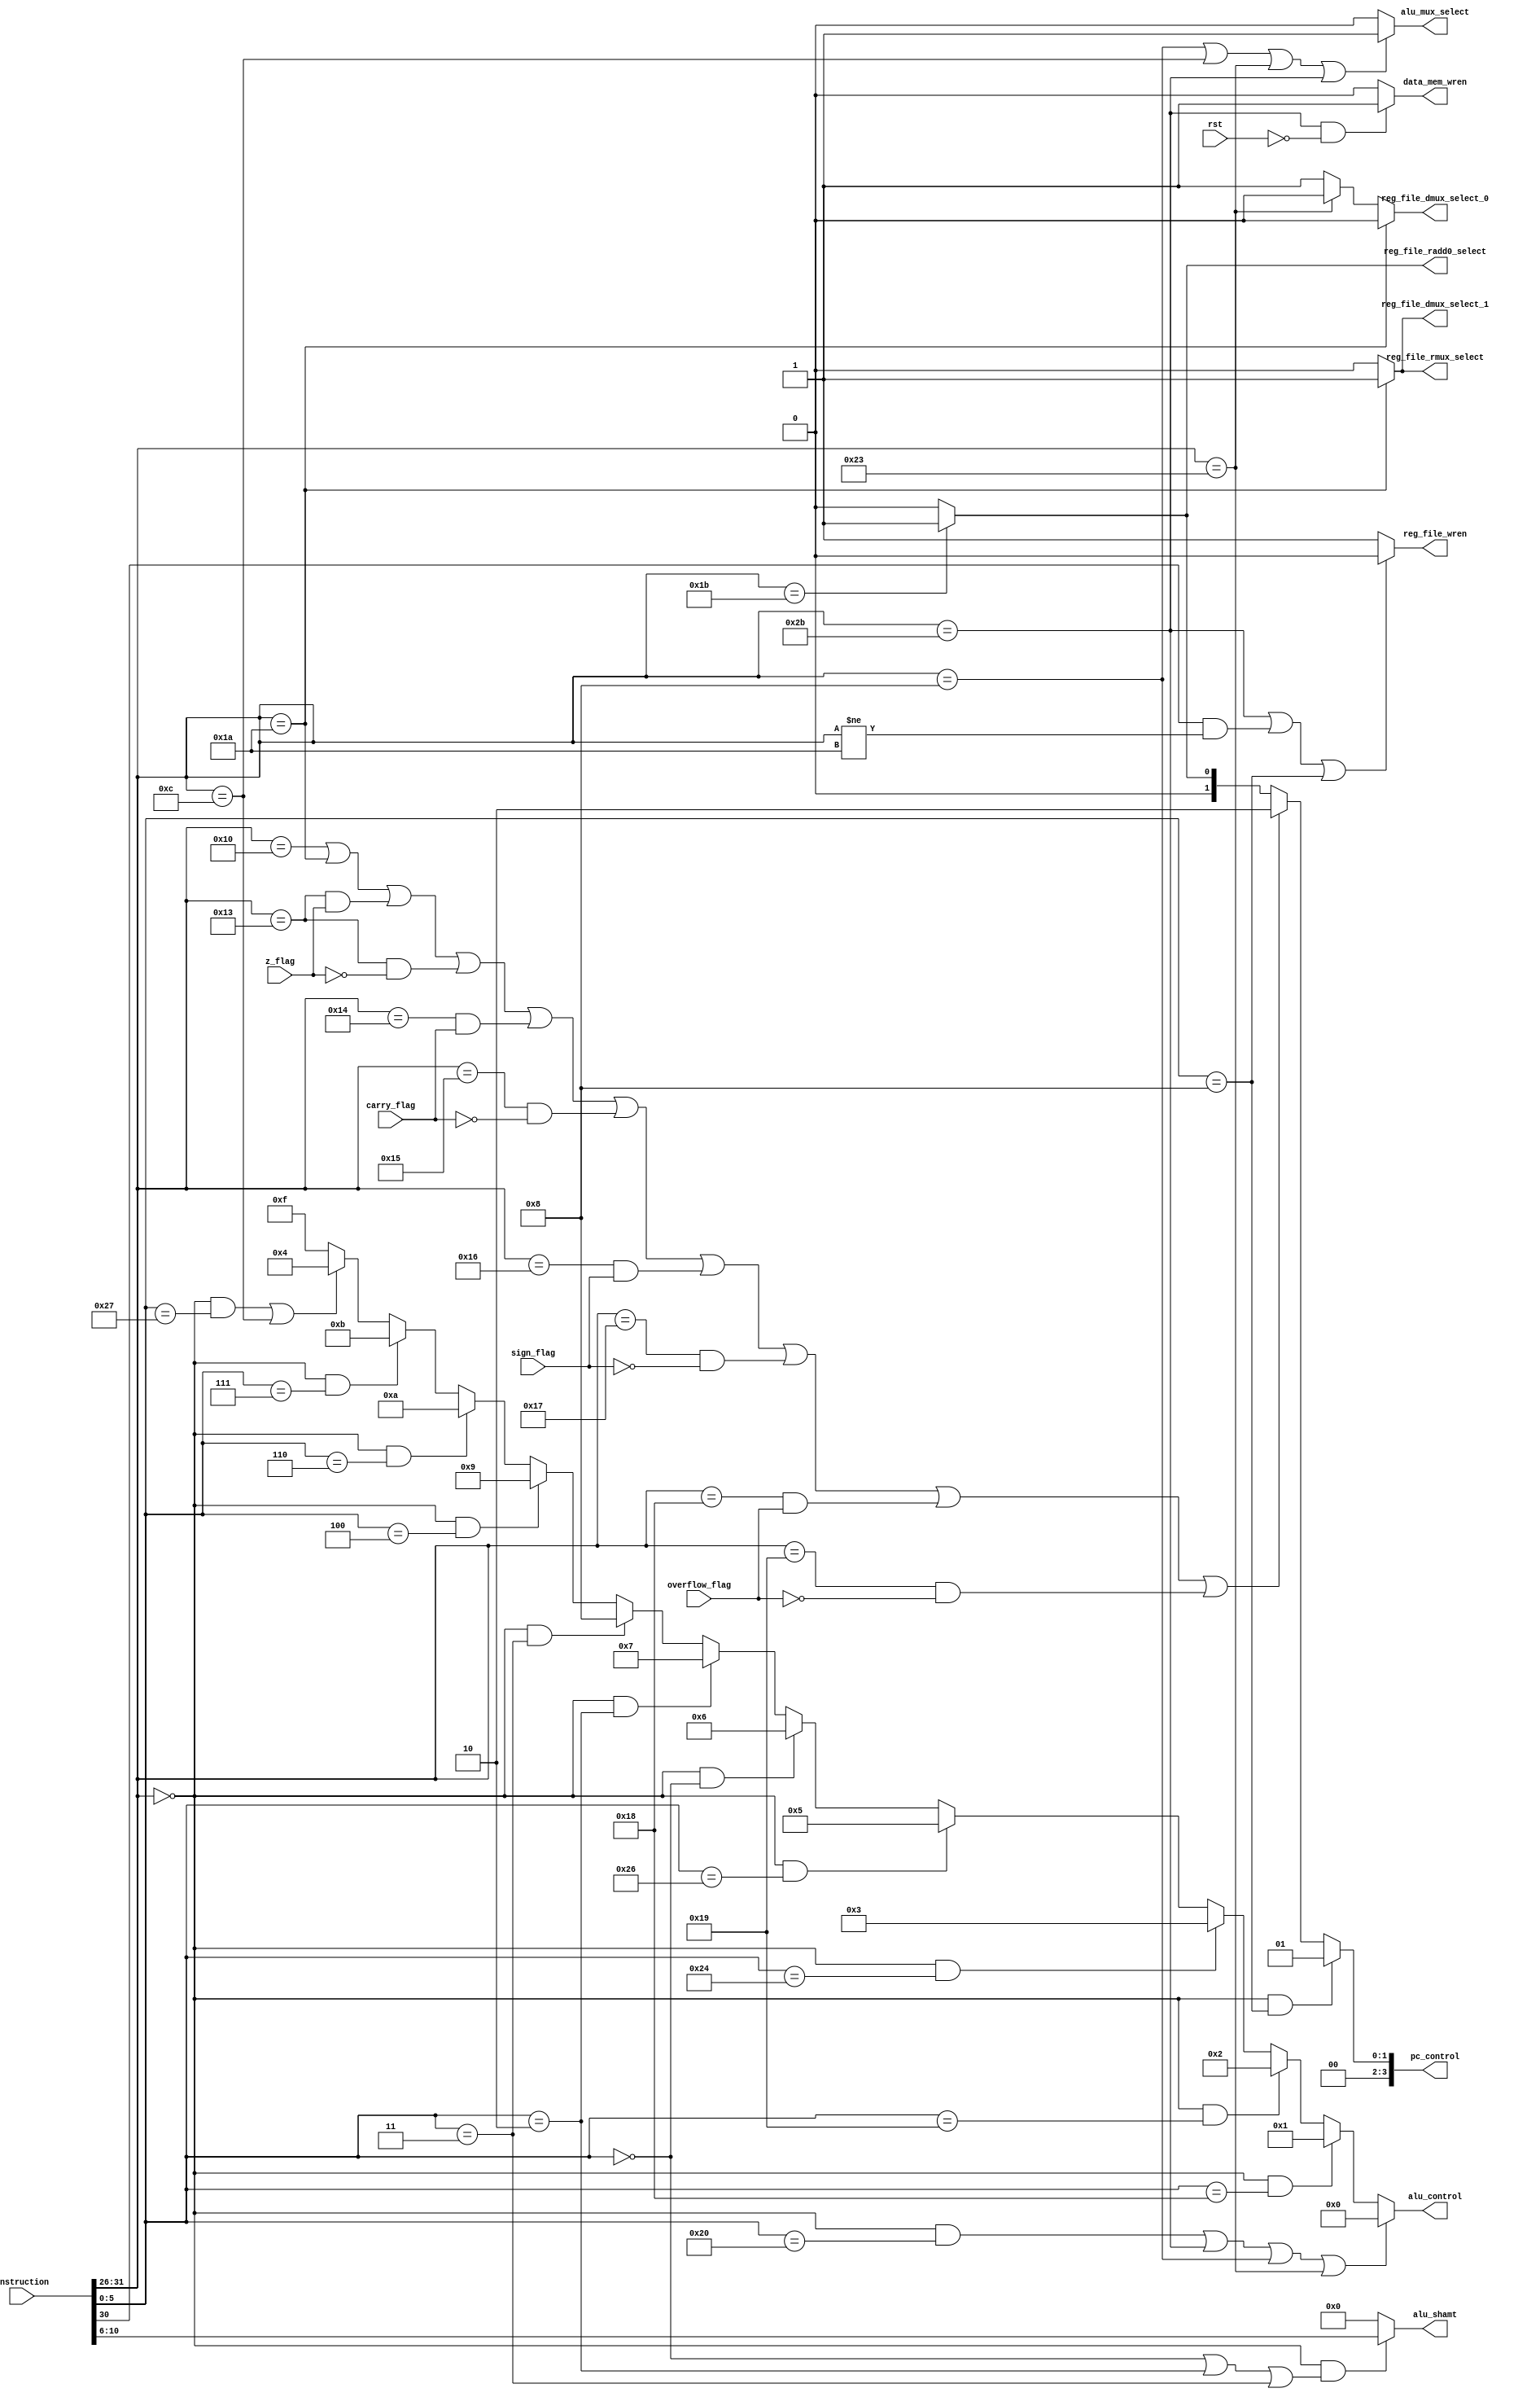
`timescale 1ns / 1ps
//////////////////////////////////////////////////////////////////////////////////
// Company: 
// Engineer: 
// 
// Design Name: 
// Module Name:    control_unit 
// Project Name: 
// Target Devices: 
// Tool versions: 
// Description: 
//
// Dependencies: 
//
// Revision: 
// Revision 0.01 - File Created
// Additional Comments: 
//
//////////////////////////////////////////////////////////////////////////////////
/*
*	The control unit decodes the instructions and issues the proper control signals
*/
module control_unit
(
	rst,                        // reset
	instruction,                // fetched instruction
	data_mem_wren,              // data memory write enable
	reg_file_wren,              // register file write enable
	reg_file_dmux_select_0,     // Choses between alu_result, data_memory_read
   reg_file_dmux_select_1,     // choses between result of mux_0 and value of pc
   reg_file_rmux_select,       // choses between instruction[20:16] and 1 ($ra)
	alu_mux_select,             // mux that feeds the operand1 bus 
	alu_control,                // alu operation selector
	z_flag,                     // zero flag from alu 
	carry_flag,                 // carry flag from alu
	sign_flag,                  // sign flag from alu
	overflow_flag,              // overflow flag from alu
	alu_shamt,				    // shift amout fro shll etc.
	reg_file_radd0_select,
	pc_control                  // pc control signal
);

   input	           rst;
   input     [31:0] instruction;
   input	           z_flag;
   input            carry_flag;
   input            sign_flag;
   input            overflow_flag;
	
   output reg	     data_mem_wren;
   output reg		  reg_file_wren;
   output reg	     reg_file_dmux_select_0; 
   output reg		  reg_file_dmux_select_1; 
	output reg		  reg_file_rmux_select; 
	
	output reg		  alu_mux_select;
	output reg [3:0] alu_control;
	
	output reg [4:0] alu_shamt;
	output reg		  reg_file_radd0_select;
	
	output reg [3:0] pc_control;
	
	// Note that all branch type instructions have op[4]=1
	
	localparam //opcodes
		R 		= 6'b000000,
		ADDI 	= 6'b001000,
		COMPI = 6'b001100,
		LW 	= 6'b100011,
		SW 	= 6'b101011,
		B 		= 6'b010000,
		BZ 	= 6'b010011,
		BNZ 	= 6'b010011,
		BCY 	= 6'b010100,
		BNCY 	= 6'b010101,
		BS 	= 6'b010110,
		BNS 	= 6'b010111,
		BV 	= 6'b011000,
		BNV	= 6'b011001,
		CALL 	= 6'b011010,
		RET 	= 6'b011011;
		
		
	localparam //function codes
		ADD 	= 6'b100000,
		MULT 	= 6'b011000,
		MULTU = 6'b011001,
		AND 	= 6'b100100,
		XOR 	= 6'b100110,
		COMP  = 6'b100111,
		SHLL 	= 6'b000000,
		SHRL 	= 6'b000010,
		SHRA 	= 6'b000011,
		SHLLV = 6'b000100,
		SHRLV = 6'b000110,
		SHRAV = 6'b000111,
		BR 	= 6'b001000;
	

	localparam //ALU_control codes
		C_ADD 	= 4'b0000,
		C_MULT 	= 4'b0001,
		C_MULTU  = 4'b0010,
		C_AND 	= 4'b0011,
		C_COMP	= 4'b0100,
		C_XOR	   = 4'b0101,
		C_SHLL 	= 4'b0110,
		C_SHRL	= 4'b0111,
		C_SHRA	= 4'b1000,
      C_SHLLV  = 4'b1001,
      C_SHRLV  = 4'b1010,
      C_SHRAV  = 4'b1011;

	
	wire	[5:0]	op;
	wire	[5:0]	funct;
		
	assign op	= instruction[31:26]; //continuously set opcode to first 6 bits of instruction
	assign funct = instruction[5:0];
	
	always @(op or funct) begin
		
		// Checked
		//---------------------------
		// output [3:0]	data_mem_wren;
		//---------------------------
		if ((op == SW && !rst)) begin
			data_mem_wren = 1'b1;
		end else begin
			data_mem_wren = 1'b0;			
		end
		
        // Checked
		//---------------------------
		// output			reg_file_wren;
		// op[4] == 1 for branch instructions
		//---------------------------
		if (op == SW || (op[4] == 1 && op != CALL) || funct == BR) begin
			reg_file_wren = 0;
		end else begin
			reg_file_wren = 1;		
		end
		
        // Checked
		//---------------------------
		// output reg_file_dmux_select_0;
        // output reg_file_dmux_select_1; 
		// Refers to the mux that feeds the wdata bus of the register file
		//---------------------------
		if (op == CALL) begin
			reg_file_dmux_select_1 = 1;				// Select PC
			reg_file_dmux_select_0 = 0;
      end else begin
			reg_file_dmux_select_1 = 0;				// Select value from previous
			
			if (op == LW) begin
				reg_file_dmux_select_0 = 0;			// Select datamemory_rdata
			end else begin
				reg_file_dmux_select_0 = 1;			// Select the value from alu_result
			end
      end
        
        // Checked
       if (op == RET) begin
			reg_file_radd0_select = 1;					// Selects registor no. 30
		end else begin
			reg_file_radd0_select = 0;					// Selects instruction[25:21]
		end
		
        // Checked
		//---------------------------
		// output reg_file_rmux_select; 
		// Refers to the mux that feeds the waddr bus of the register file
		//---------------------------
		if (op == CALL) begin
			reg_file_rmux_select = 1;
		end else begin
			reg_file_rmux_select = 0;
		end
		
        // Checked
		//---------------------------
		// output alu_mux_select;       
		// Refers to the mux that feeds the operand1 bus of the alu
		//---------------------------
		if ((op == ADDI) || (op == COMPI) || (op == LW) || (op == SW)) begin
			alu_mux_select = 1;						// Feed instruction[15:0] as operand 1
		end else begin	
			alu_mux_select = 0;						// Feed instruction[25:21] as operand 1
		end
		
        // Checked
		//---------------------------
		// output [3:0]	alu_control;
		//---------------------------
		if ((op == R && funct == ADD) || op == SW || op == ADDI || op == LW) begin
			alu_control = C_ADD;
		end else if (op == R && funct == MULT) begin
			alu_control = C_MULT;
		end else if (op == R && funct == MULTU) begin
			alu_control = C_MULTU;
		end else if (op == R && funct == AND) begin
			alu_control = C_AND;
		end else if (op == R && funct == XOR) begin
			alu_control = C_XOR;
		end else if (op == R && funct == SHLL) begin
			alu_control = C_SHLL;
		end else if (op == R && funct == SHRL) begin
			alu_control = C_SHRL;
		end else if (op == R && funct == SHRA) begin
			alu_control = C_SHRA;
      end else if (op == R && funct == SHLLV) begin
			alu_control = C_SHLLV;
		end else if (op == R && funct == SHRLV) begin
			alu_control = C_SHRLV;
		end else if (op == R && funct == SHRAV) begin
			alu_control = C_SHRAV;
		end else if (op == R && funct == COMP || op == COMPI) begin
			alu_control = C_COMP;
		end else begin
			alu_control = 4'b1111;
		end	
		 
        // Looks good
		//---------------------------
		// output [4:0]	alu_shamt; 
		//---------------------------
		if (op == R && (funct == SHLL || funct == SHRL || funct == SHRA)) begin
			alu_shamt = instruction[10:6];
		end else begin
			alu_shamt = 5'b00000;
		end
		
        
        // Seems good
		//---------------------------
		// output [3:0]	pc_control;
		//---------------------------
		if (op == R && funct == BR) begin
			pc_control = 4'b0001;
		end else if (op == B
					|| op == CALL
					|| op == BZ && z_flag == 1 || op == BNZ && z_flag != 1 
					|| op == BCY && carry_flag == 1 || op == BNCY && carry_flag != 1
					|| op == BS && sign_flag == 1 || op == BNS && sign_flag != 1
					|| op == BV && overflow_flag == 1 || op == BNV && overflow_flag != 1) begin
			pc_control = 4'b0010;
		end else if (op == RET) begin
			pc_control = 4'b0001;
		end else begin
			// PC = PC+4
			pc_control = 4'b0000;
		end
		
	end

endmodule